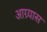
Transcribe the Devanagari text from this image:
आग्र्यास